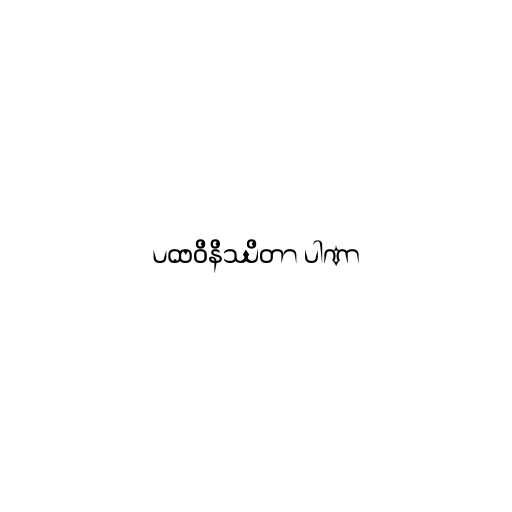
ပထဝိနိဿိတာ ပါဏာ